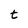
Character: t